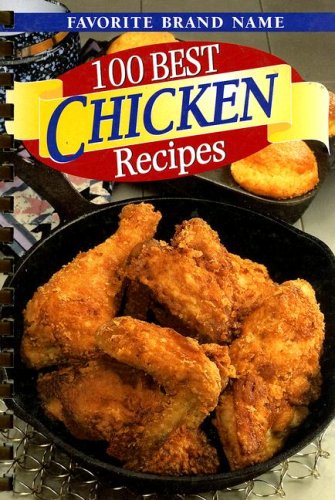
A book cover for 100 Best Chicken Recipes; Cookbooks, Food & Wine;